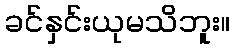
ခင်နှင်းယုမသိဘူး။